Indian journal of veterinary science and animal husbandry - Volumes 24-25, 1954-1955
Year: 1954
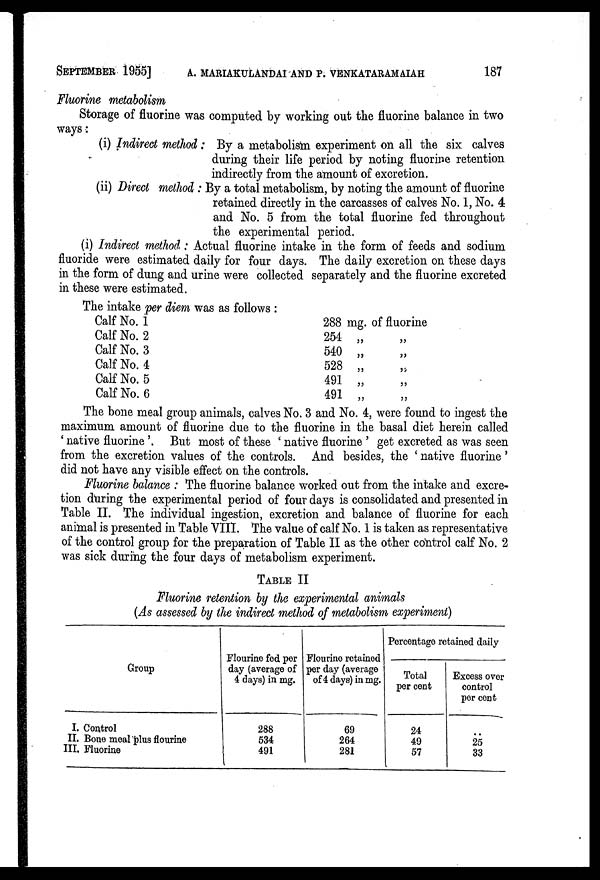
SEPTEMBER 1955] A. MARIAKULANDAI AND P. VENKATARAMAIAH 187
Fluorine metabolism
Storage of fluorine was computed by working out the fluorine balance in two
ways:
(i) Indirect method: By a metabolism experiment on all the six calves
during their life period by noting fluorine retention
indirectly from the amount of excretion.
(ii) Direct method: By a total metabolism, by noting the amount of fluorine
retained directly in the carcasses of calves No. 1, No. 4
and No. 5 from the total fluorine fed throughout
the experimental period.
(i) Indirect method: Actual fluorine intake in the form of feeds and sodium
fluoride were estimated daily for four days. The daily excretion on these days
in the form of dung and urine were collected separately and the fluorine excreted
in these were estimated.
The intake per diem was as follows:
Calf No. 1
Calf No. 2
Calf No. 3
Calf No. 4
Calf No. 5
Calf No. 6
288 mg. of fluorine
254 „
540 „
528 „
491 „
491 „
The bone meal group animals, calves No. 3 and No. 4, were found to ingest the
maximum amount of fluorine due to the fluorine in the basal diet herein called
'native fluorine'. But most of these 'native fluorine' get excreted as was seen
from the excretion values of the controls. And besides, the 'native fluorine'
did not have any visible effect on the controls.
Fluorine balance: The fluorine balance worked out from the intake and excre-
tion during the experimental period of four days is consolidated and presented in
Table II. The individual ingestion, excretion and balance of fluorine for each
animal is presented in Table VIII. The value of calf No. 1 is taken as representative
of the control group for the preparation of Table II as the other control calf No. 2
was sick during the four days of metabolism experiment.
TABLE II
Fluorine retention by the experimental animals
(As assessed by the indirect method of metabolism experiment)
Group
I. Control
II. Bone meal plus flourine
III. Fluorine
Flourine fed per
day (average of
4 days) in mg.
288
534
491
Flourine retained
per day (average
of 4 days) in mg.
69
264
281
Percentage retained daily
Total
per cent
24
49
57
Excess over
control
per cent
..
25
33